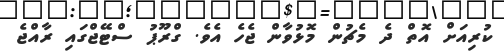
ކުރިއަށް އޮތް ދެ މެޗުން މޮޅުވާން ޖެހެ އެވެ. ގްރޫޕު ސްޓޭޖްގައި ރާއްޖެ